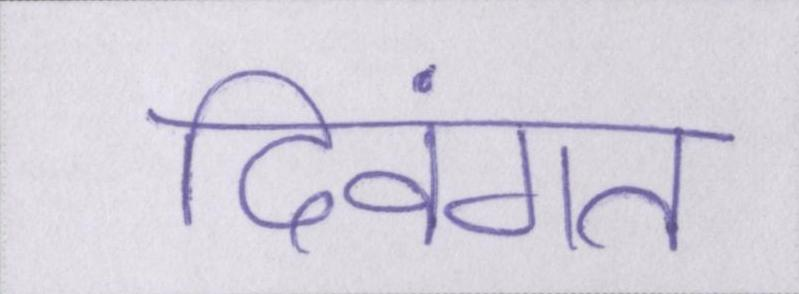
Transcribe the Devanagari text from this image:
दिवंगत